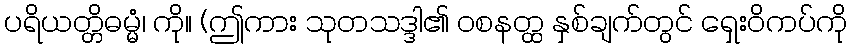
ပရိယတ္တိဓမ္မံ၊ ကို။ (ဤကား သုတသဒ္ဒါ၏ ဝစနတ္ထ နှစ်ချက်တွင် ရှေးဝိကပ်ကို